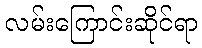
လမ်းကြောင်းဆိုင်ရာ